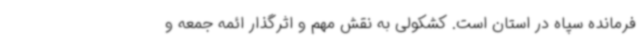
فرمانده سپاه در استان است. کشکولی به نقش مهم و اثرگذار ائمه جمعه و